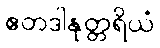
ဧတဒါနုတ္တရိယံ